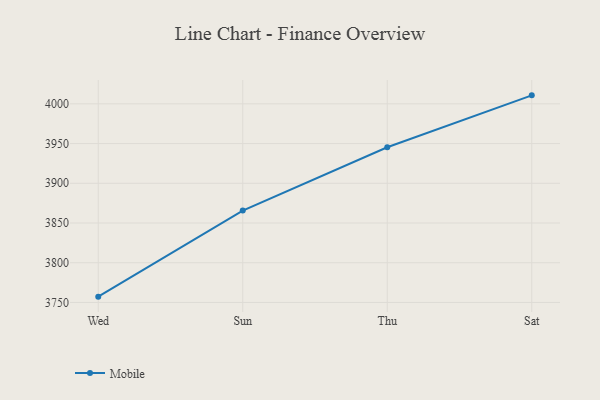
{"axis": {"x": "Day", "y": "Production Output"}, "legend": ["Mobile"], "data": [{"x": "Wed", "y": 3757.3, "type": "Mobile"}, {"x": "Sun", "y": 3865.7, "type": "Mobile"}, {"x": "Thu", "y": 3945.3, "type": "Mobile"}, {"x": "Sat", "y": 4010.7, "type": "Mobile"}]}